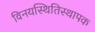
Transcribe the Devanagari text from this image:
विनयस्थितिस्थापक